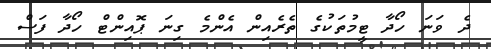
ދެ ވަނަ ހޯދާ ޓީމުތަކުގެ ތެރެއިން އެންމެ ގިނަ ޕޮއިންޓް ހޯދާ ފަސް